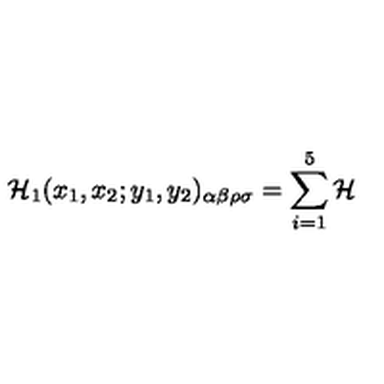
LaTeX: { \cal H } _ { 1 } ( x _ { 1 } , x _ { 2 } ; y _ { 1 } , y _ { 2 } ) _ { \alpha \beta \rho \sigma } = \sum _ { i = 1 } ^ { 5 } { \cal H }